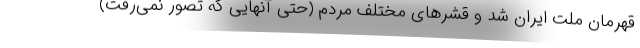
قهرمان ملت ایران شد و قشرهای مختلف مردم (حتی آنهایی که تصور نمی‌رفت)